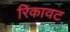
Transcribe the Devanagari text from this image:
रिकावट